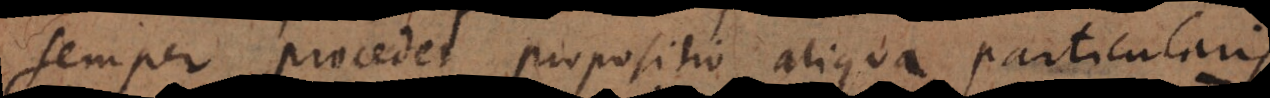
semper procedet propositio aliqua particularis